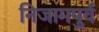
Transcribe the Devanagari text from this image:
निजामपुर्व